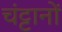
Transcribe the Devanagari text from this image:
चंट्टानों